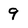
Character: 9